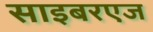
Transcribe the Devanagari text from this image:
साइबरएज